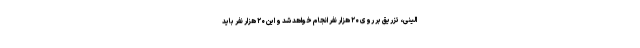
الینی، تزریق بر روی ۲۰ هزار نفر انجام خواهد شد و این ۲۰ هزار نفر باید